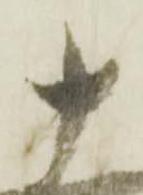
十